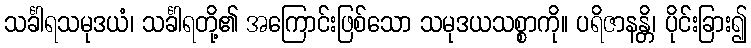
သင်္ခါရသမုဒယံ၊ သင်္ခါရတို့၏ အကြောင်းဖြစ်သော သမုဒယသစ္စာကို။ ပရိဇာနန္တိ၊ ပိုင်းခြား၍